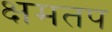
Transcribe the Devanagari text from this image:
क्षमतप